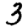
Digit: 3